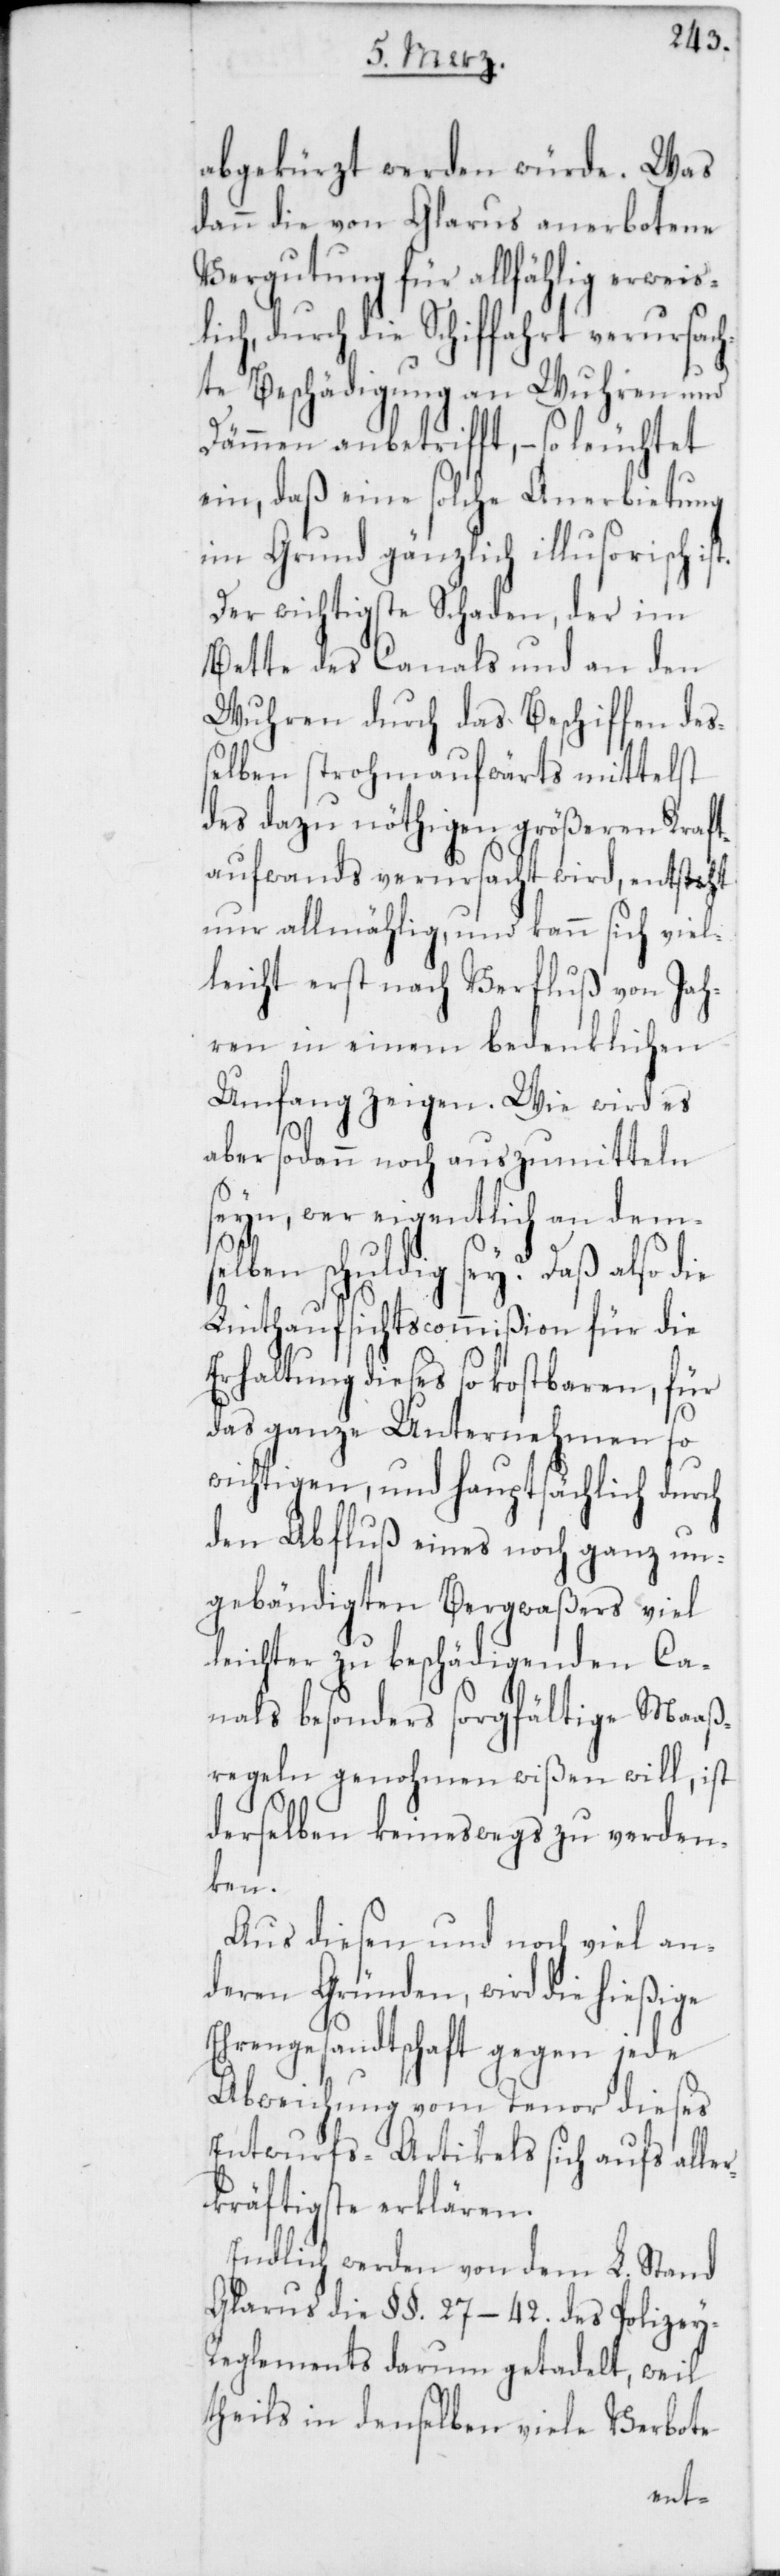
abgekürzt werden würde. Was
dann die von Glarus anerbotene
Vergutung für allfählig erweis¬
ch, durch die Schiffahrt verursac¬
hte Beschädigung an Wuhren und
Dämmen anbetrifft, – so leuchtet
ein, daß eine solche Anerbietung
im Grunde gänzlich illusorisch is¬
Der wichtigste Schaden, der im
Bette des Canals und an den
Wuhren durch das Beschiffen deß¬
elben stromaufwärts mittelst
des dazu nöthigen größeren Kraft¬
aufwands verursacht wird, entsteht
nur allmählig, und kann sich viel¬
leicht erst nach Verfluß von Jah¬
ren in einem bedenklichen
Umfang zeigen. Wie wird es
t.
aber sodann noch auszumitteln
seyn, wer eigentlich an dems¬
elben schuldig sey? Daß also die
Linthaufsichtscommißion für die
Erhaltung dieses so kostbaren, für
das ganze Unternehmen so
wichtigen, und hauptsächlich durch
den Abfluß eines noch ganz un¬
gebändigten Bergwaßers viel
leichter zu beschädigenden Ca¬
nals besonders sorgfältige Maaß¬
regeln genohmen wißen will, ist
derselben keineswegs zu verden¬
ken.
Aus diesen und noch viel an¬
deren Gründen, wird die hießige
Ehrengesandtschaft gegen jede
Abweichung vom Tenor dieses
Entwurfs-Artikels sich aufs aller¬
kräftigste erklären.
Endlich werden von dem L. Stand
Glarus die §§. 27–42. des Polizey-R¬
eglements darum getadelt, weil
theils in denselben viele Verbote
li¬